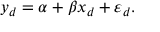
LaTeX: y _ { d } = \alpha + \beta x _ { d } + \varepsilon _ { d } .